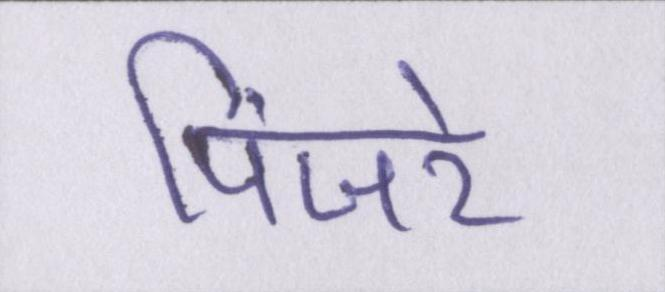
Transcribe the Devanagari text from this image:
पिंजरे